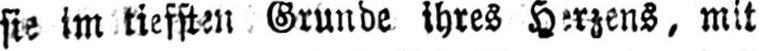
mit